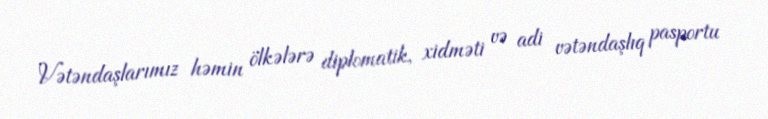
Vətəndaşlarımız həmin ölkələrə diplomatik, xidməti və adi vətəndaşlıq pasportu